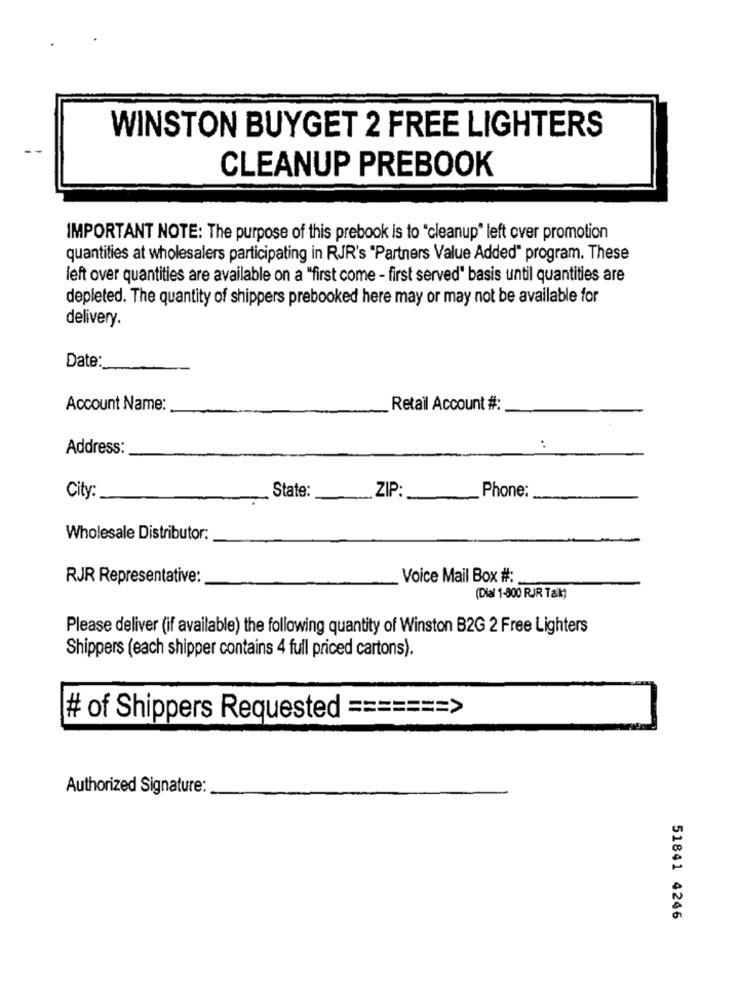
WINSTON BUYGET 2 FREE LIGHTERS
CLEANUP PREBOOK
IMPORTANT NOTE: The purpose of this prebook is to "cleanup" left over promotion
quantities at wholesalers participating in RJR's "Partners Value Added" program. These
left over quantities are available on a "first come - first served" basis until quantities are
depleted. The quantity of shippers prebooked here may or may not be available for
delivery.
Date:
Account Name:
Retail Account #:
Address:
:
City:
State:
ZIP:
Phone:
Wholesale Distributor:
RJR Representative:
Voice Mail Box #:
(Dial 1-800 RJR Tak)
Please deliver (if available) the following quantity of Winston B2G 2 Free Lighters
Shippers (each shipper contains 4 full priced cartons).
# of Shippers Requested ======= >
Authorized Signature:
51841 4246